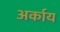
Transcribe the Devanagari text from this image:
अर्काय